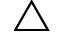
\triangle